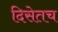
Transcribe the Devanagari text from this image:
दिसेतच